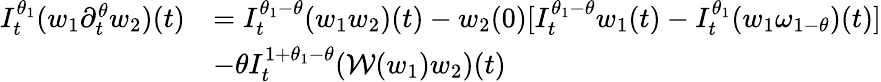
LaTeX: \begin{array}{rl}{I_{t}^{\theta_{1}}(w_{1}\partial_{t}^{\theta}w_{2})(t)}&{=I_{t}^{\theta_{1}-\theta}(w_{1}w_{2})(t)-w_{2}(0)[I_{t}^{\theta_{1}-\theta}w_{1}(t)-I_{t}^{\theta_{1}}(w_{1}\omega_{1-\theta})(t)]}\\ &{-\theta I_{t}^{1+\theta_{1}-\theta}(\mathcal{W}(w_{1})w_{2})(t)}\end{array}